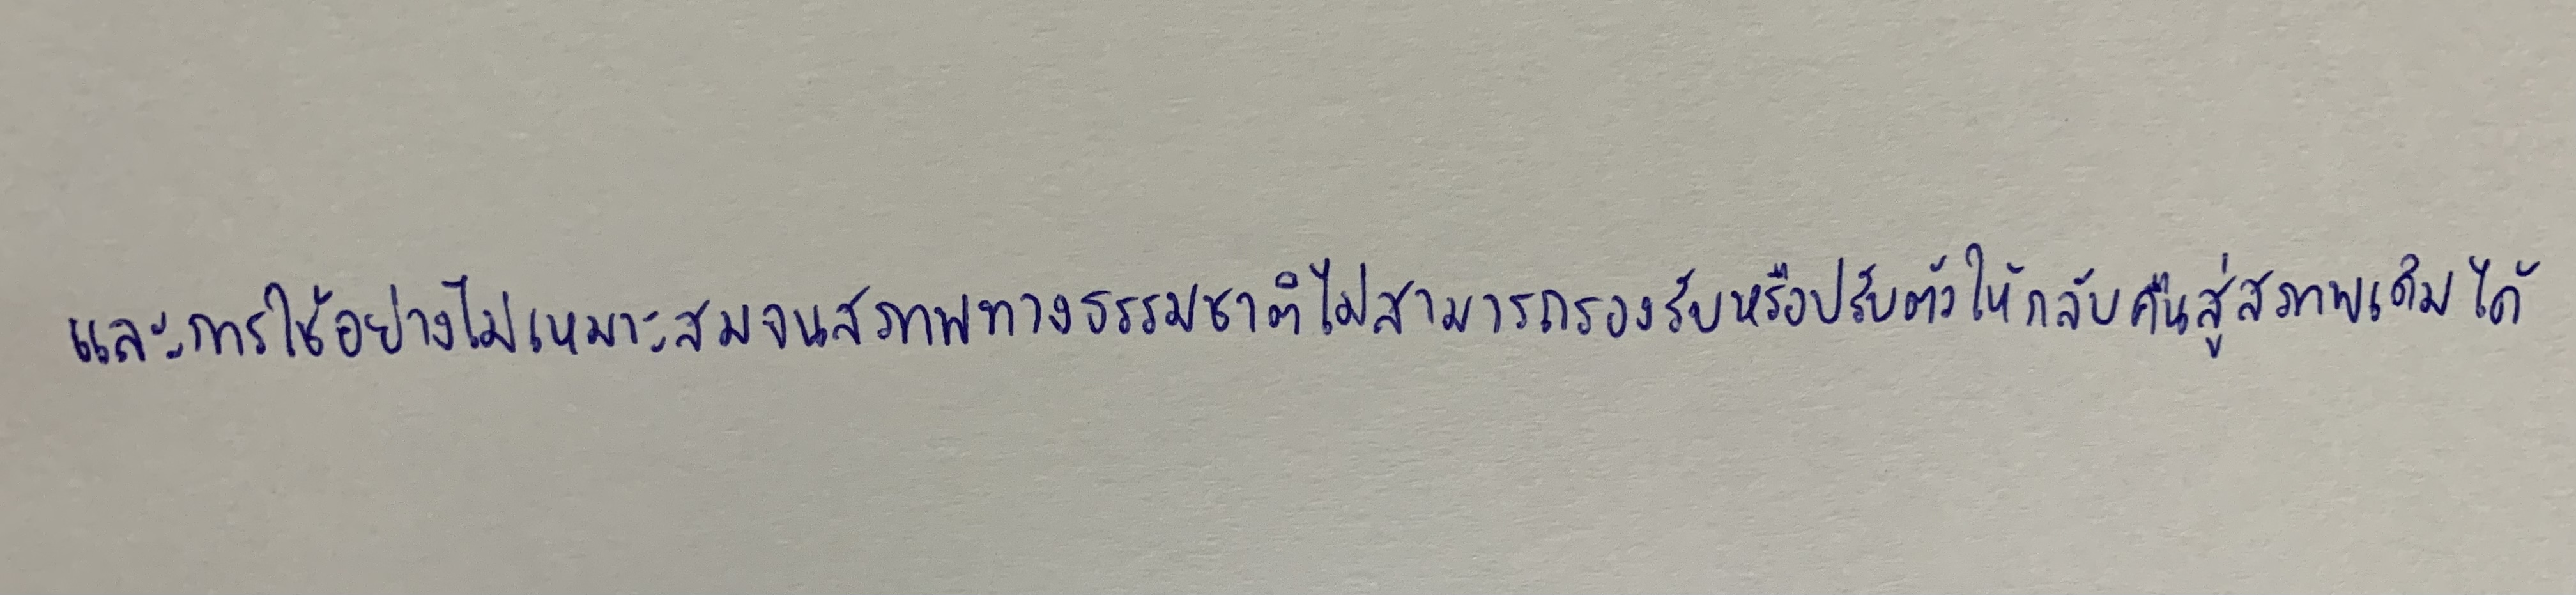
และการใช้อย่างไม่เหมาะสมจนสภาพทางธรรมชาติไม่สามารถรองรับหรือปรับตัวให้กลับคืนสู่สภาพเดิมได้